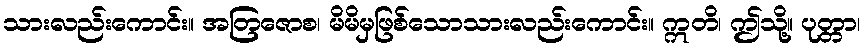
သားလည်းကောင်း။ အတြဇောစ၊ မိမိမှဖြစ်သောသားလည်းကောင်း။ ဣတိ၊ ဤသို့။ ပုတ္တာ၊